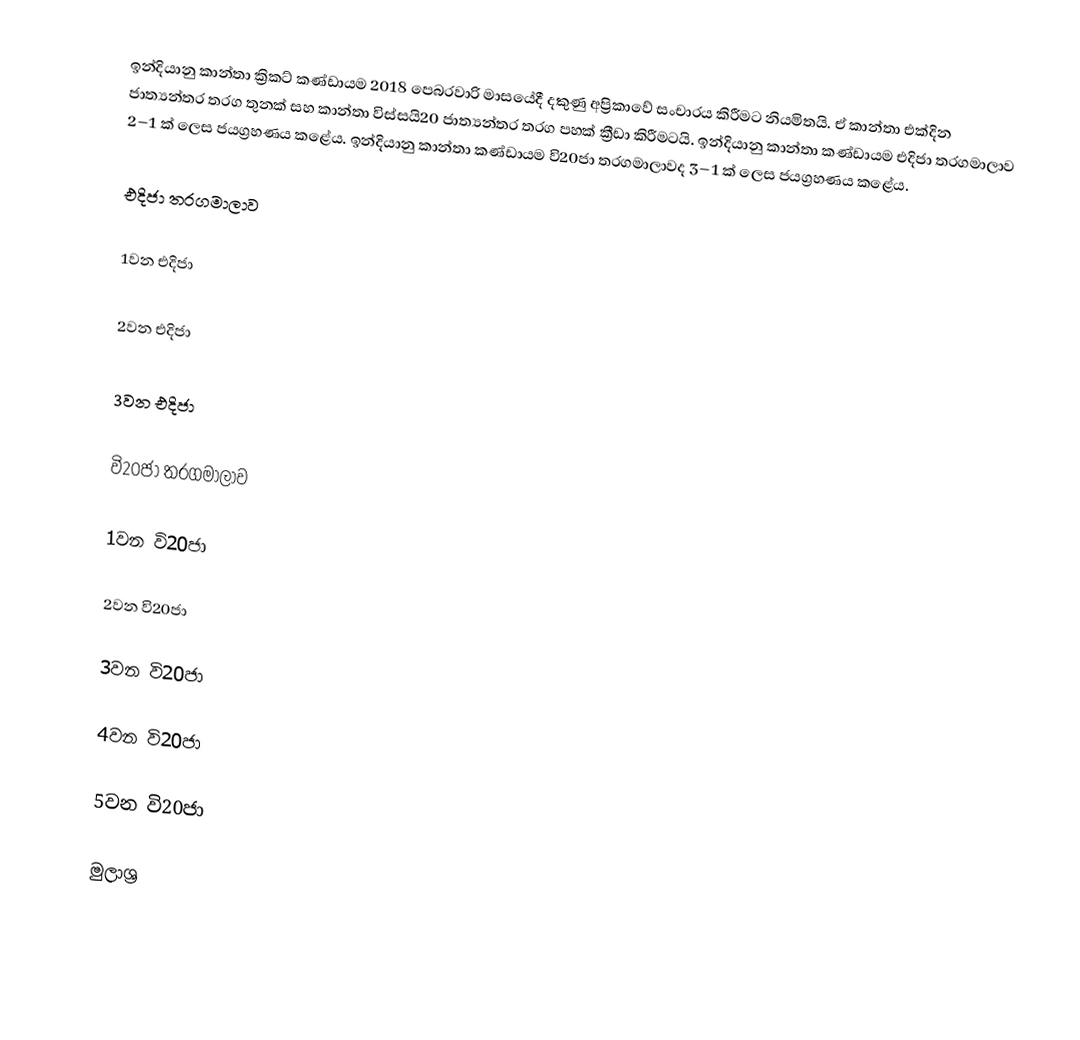
ඉන්දියානු කාන්තා ක්‍රිකට් කණ්ඩායම 2018 පෙබරවාරි මාසයේදී දකුණු අප්‍රිකාවේ සංචාරය කිරීමට නියමිතයි. ඒ කාන්තා එක්දින ජාත්‍යන්තර තරග තුනක් සහ කාන්තා විස්සයි20 ජාත්‍යන්තර තරග පහක් ක්‍රීඩා කිරීමටයි. ඉන්දියානු කාන්තා කණ්ඩායම එදිජා තරගමාලාව 2–1 ක් ලෙස ජයග්‍රහණය කළේය. ඉන්දියානු කාන්තා කණ්ඩායම වි20ජා තරගමාලාවද 3–1 ක් ලෙස ජයග්‍රහණය කළේය.

එදිජා තරගමාලාව

1වන එදිජා

2වන එදිජා

3වන එදිජා

වි20ජා තරගමාලාව

1වන වි20ජා

2වන වි20ජා

3වන වි20ජා

4වන වි20ජා

5වන වි20ජා

මුලාශ්‍ර